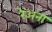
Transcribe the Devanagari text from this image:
रेअना